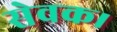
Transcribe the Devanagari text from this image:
सेवक।